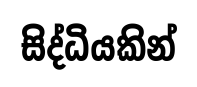
සිද්ධියකින්